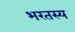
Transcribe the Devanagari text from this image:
भरतस्य